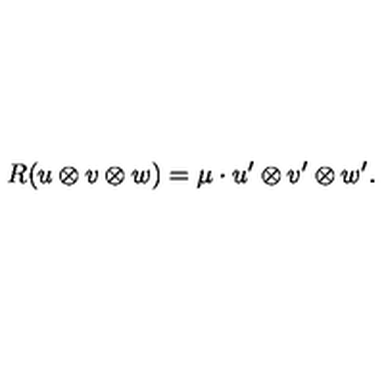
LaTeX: R ( u \otimes v \otimes w ) = \mu \cdot u ^ { \prime } \otimes v ^ { \prime } \otimes w ^ { \prime } .